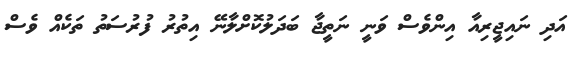
އަދި ނައިޖީރިއާ އިންވެސް ވަނީ ނަތީޖާ ބަދަލުކޮށްލާނޭ އިތުރު ފުރުސަތު ތަކެއް ވެސް